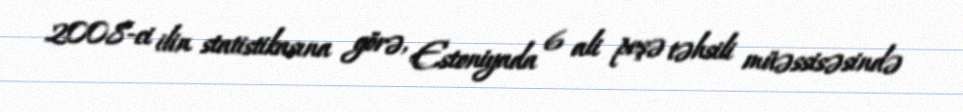
2008-ci ilin statistikasına görə, Estoniyada 6 ali peşə təhsili müəssisəsində